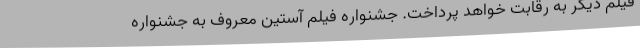
فیلم دیگر به رقابت خواهد پرداخت. جشنواره‌ فیلم آستین معروف به جشنواره‌